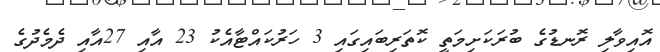
އޮއިވާލި ރޮނޑުގެ ބުރަކަށިމަތީ ކޮތަރިބައިގައި 3 ހަރުކައްޓާއެކު 23 އާއި 27އާއި ދެމެދުގެ